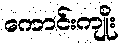
ကောင်းကျိုး